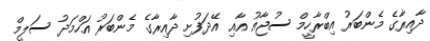
ދާއިރާގެ މެންބަރު އިބްރާހީމް ސުޖާއު އާއި އޭދަފުށި ދާއިރާގެ މެންބަރު އަހްމަދު ސަލީމް